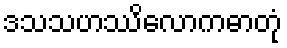
ဒသသဟဿိလောကဓာတုံ